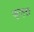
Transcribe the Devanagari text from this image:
जुल्लुन्ध्री